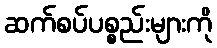
ဆက်စပ်ပစ္စည်းများကို